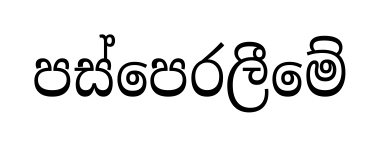
පස්පෙරලීමේ